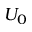
U _ { 0 }